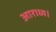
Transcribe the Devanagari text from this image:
आराध्य।